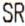
SR